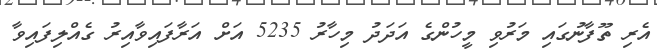
އެރި ތޫފާނުގައި މަރުވި މީހުންގެ އަދަދު މިހާރު 5235 އަށް އަރާފައިވާއިރު ގެއްލިފައިވާ